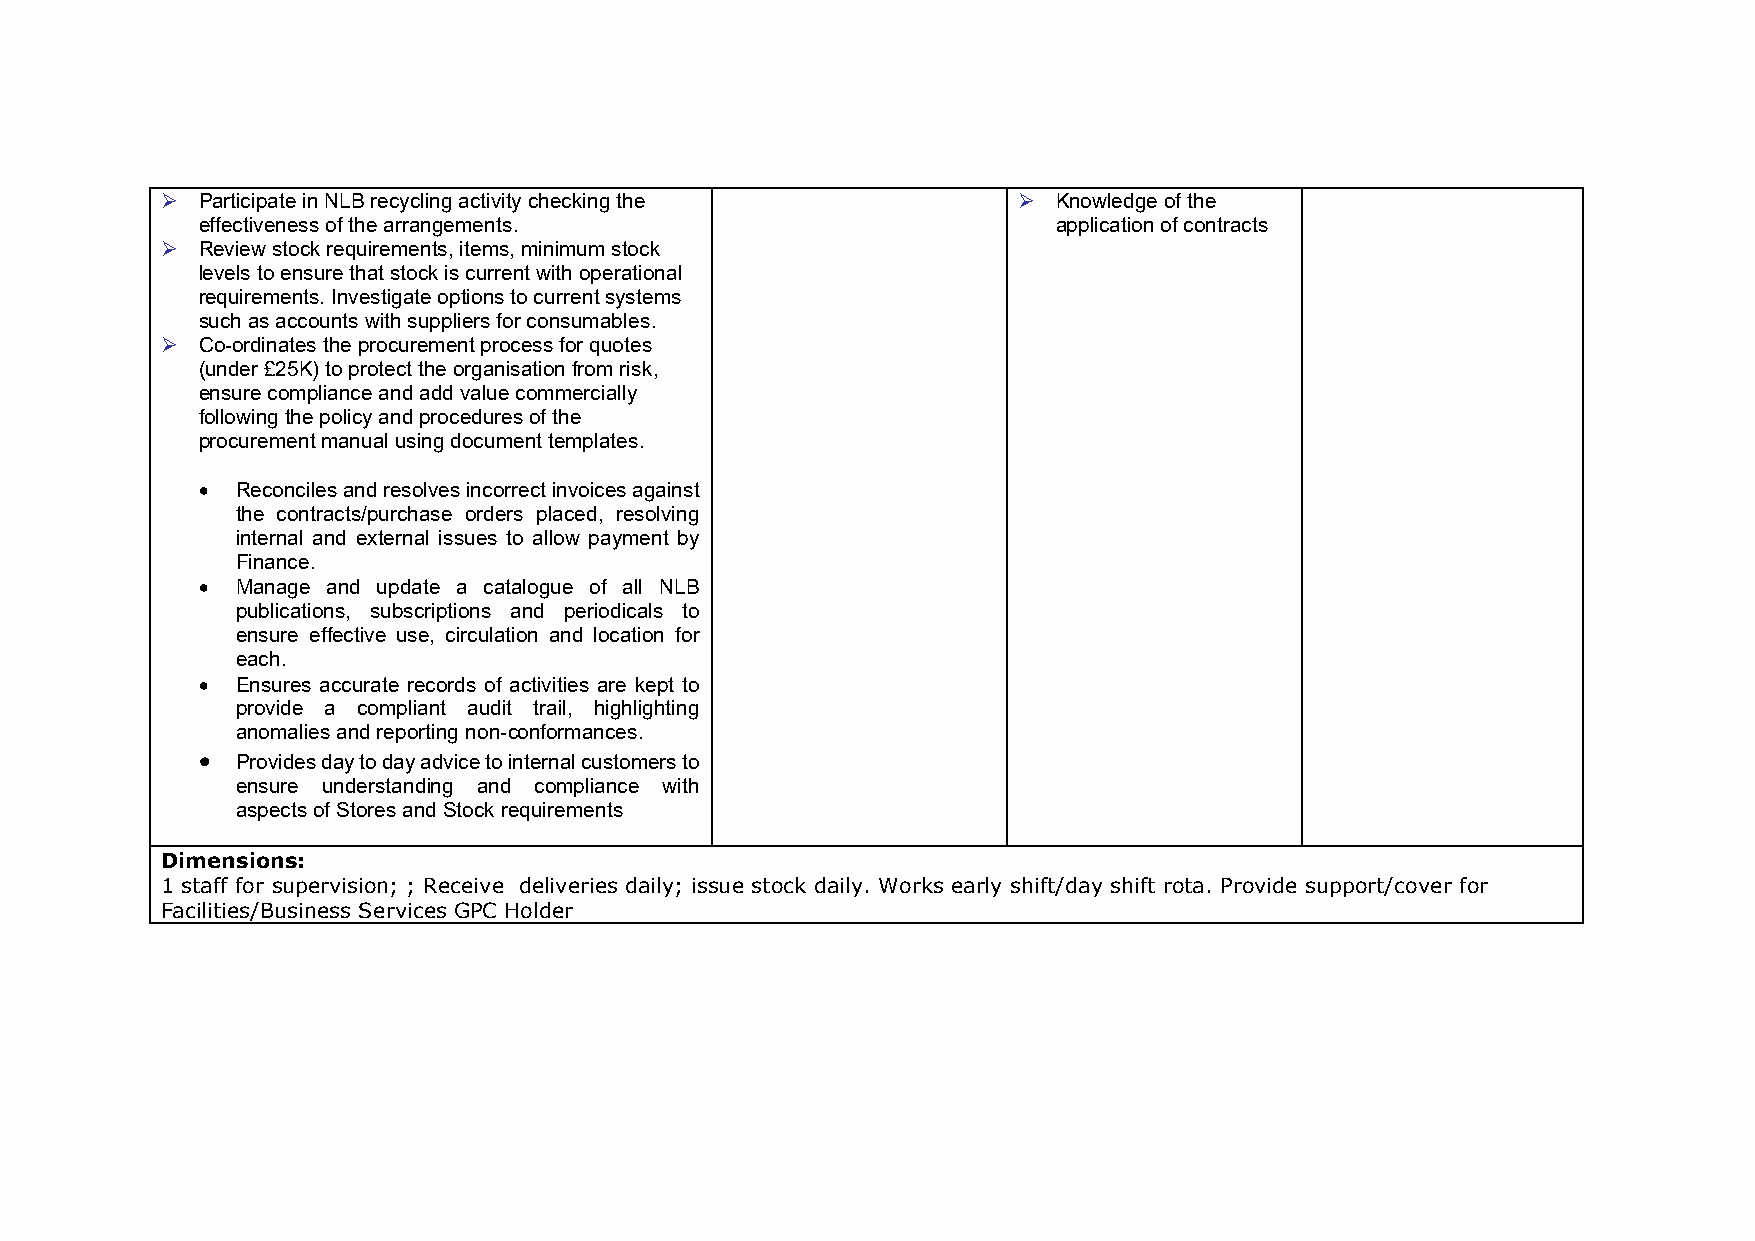
 Participate in NLB recycling activity checking the      Knowledge of the
 effectiveness of the arrangements.                       application of contracts
  Review stock requirements, items, minimum stock
 levels to ensure that stock is current with operational
 requirements. Investigate options to current systems
 such as accounts with suppliers for consumables.
  Co-ordinates the procurement process for quotes
 (under £25K) to protect the organisation from risk,
 ensure compliance and add value commercially
 following the policy and procedures of the
 procurement manual using document templates.
 •  Reconciles and resolves incorrect invoices against
 the contracts/purchase orders placed, resolving
 internal and external issues to allow payment by
 Finance.
 •  Manage and update a catalogue of all NLB
 publications, subscriptions and periodicals to
 ensure effective use, circulation and location for
 each.
 •  Ensures accurate records of activities are kept to
 provide a compliant audit trail, highlighting
 anomalies and reporting non-conformances.
 •  Provides day to day advice to internal customers to
 ensure understanding and compliance with
 aspects of Stores and Stock requirements
 Dimensions:
 1 staff for supervision; ; Receive deliveries daily; issue stock daily. Works early shift/day shift rota. Provide support/cover for
 Facilities/Business Services GPC Holder